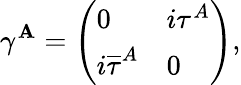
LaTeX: \gamma^{\mathbf{A}}=\left(\begin{array}{ll}{{0}}&{{i\tau^{A}}}\\ {{i{\overline{{\tau}}}^{A}}}&{{0}}\end{array}\right),